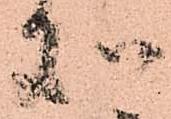
処